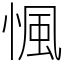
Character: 𢞁